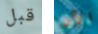
قبل الآن